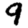
Digit: 9